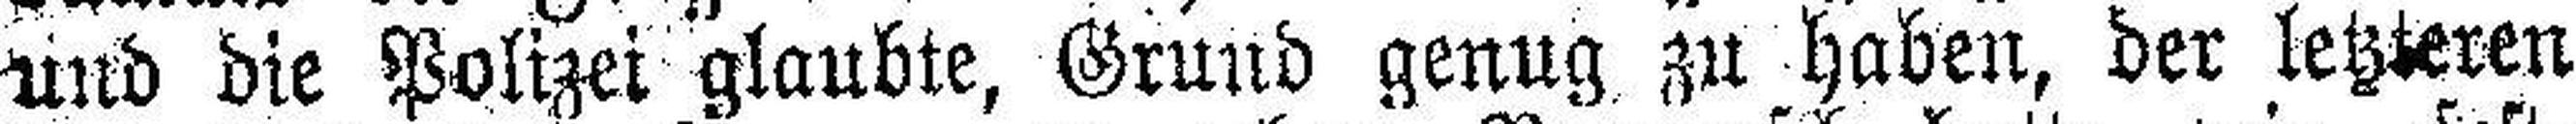
und die Polizei glaubte, Grund genug zu haben, der letzteren